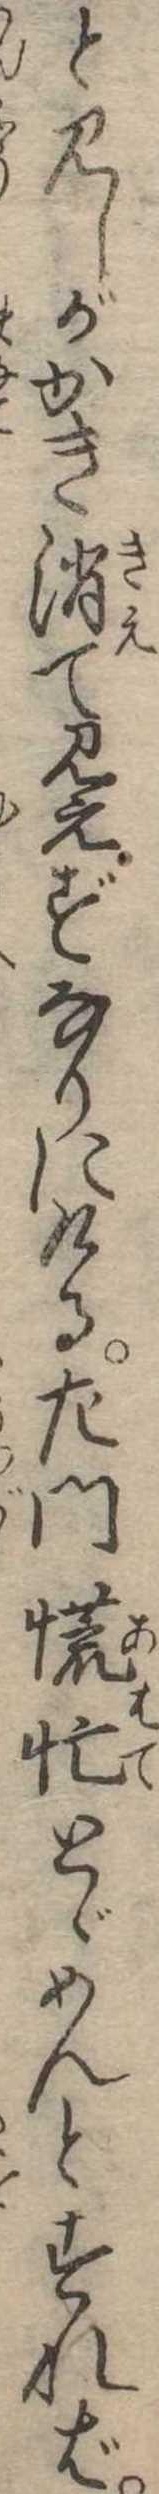
と見しがかき消て見えずなりにける左門慌忙とゞめんとすれば